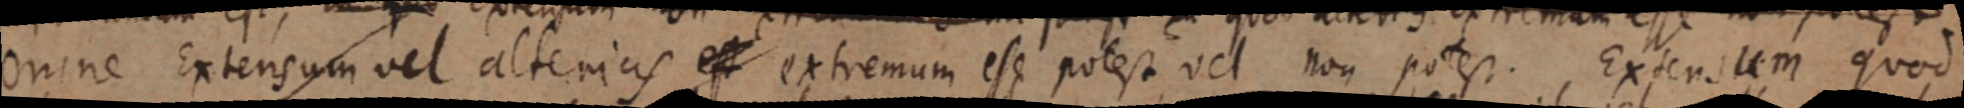
omne Extensum vel alterius et extremum est potest vel non potest. Extensum quod